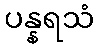
ပန္နရသံ